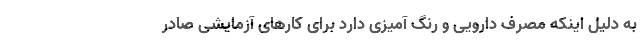
به دلیل اینکه مصرف دارویی و رنگ آمیزی دارد برای کار‌های آزمایشی صادر